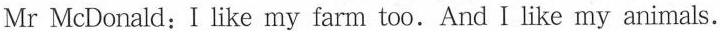
Mr McDonald:I like my farm too.And I like my animals.